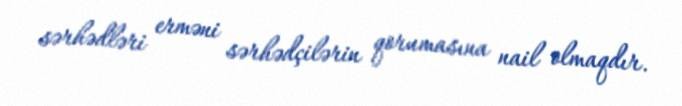
sərhədləri erməni sərhədçilərin qorumasına nail olmaqdır.